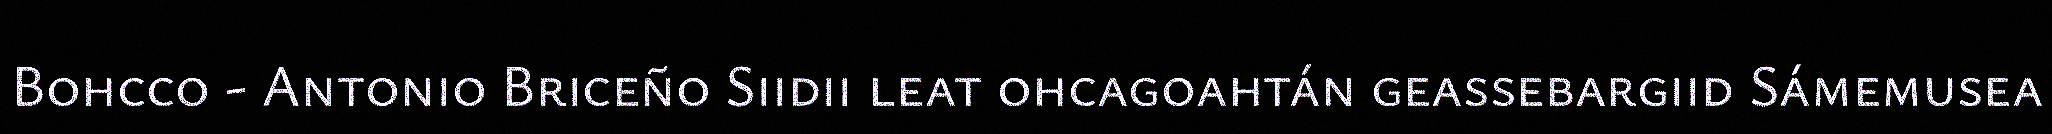
Bohcco - Antonio Briceño Siidii leat ohcagoahtán geassebargiid Sámemusea